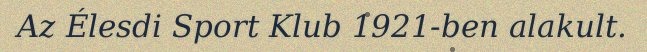
Az Élesdi Sport Klub 1921-ben alakult.